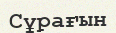
Сұрағын